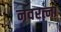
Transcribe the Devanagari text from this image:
नवरत्ना